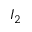
I _ { 2 }